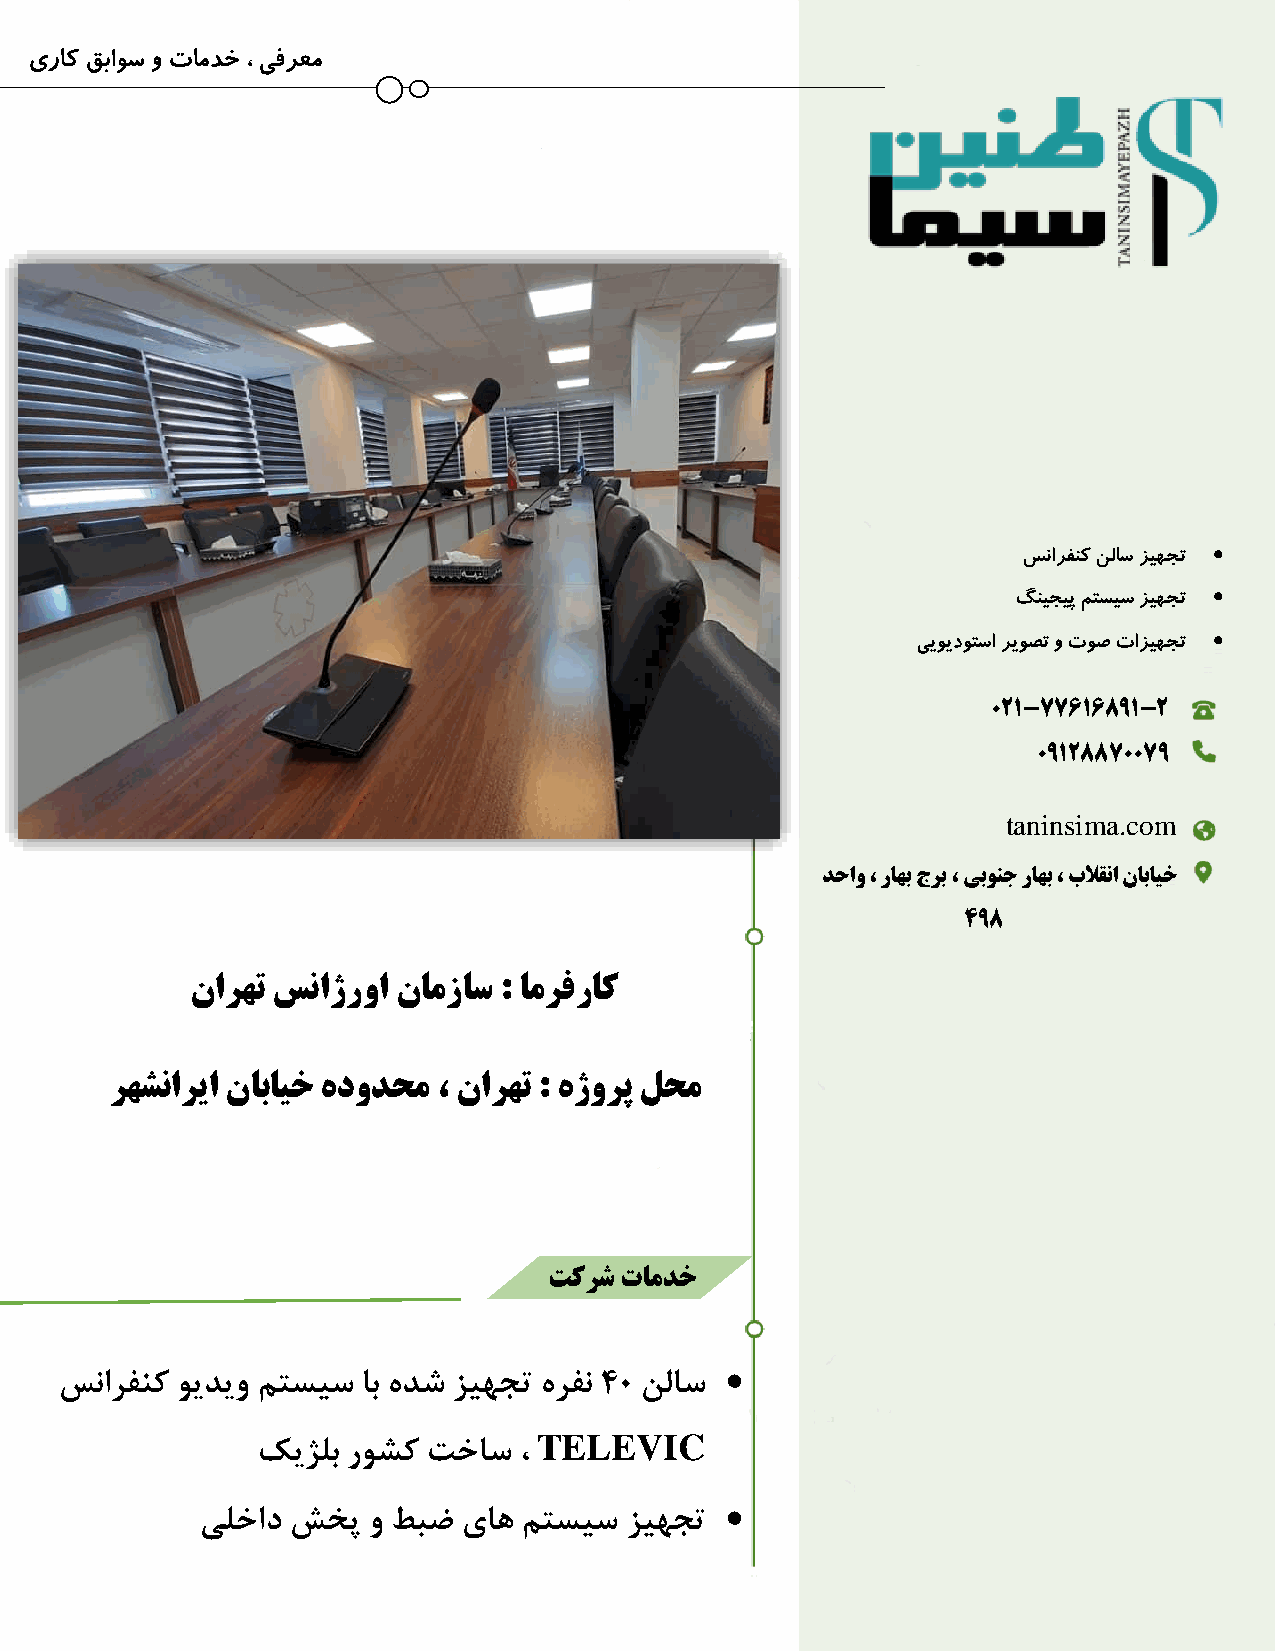
یراک قباوس و تامدخ ، یفرعم
 
 سنارفنک نلاس زیهجت
 
 گنیجیپ متسیس زیهجت
 
 ییویدوتسا ریوصت و توص تازیهجت
 021-77616891-2
 09128870079
 tanins ima.com
 دحاو ، راهب جرب ، یبونج راهب ، بلاقنا نابایخ
 498
 نارهت سناژروا نامزاس : امرفراک
 رهشناریا نابایخ هدودحم ، نارهت : هژورپ لحم
 تکرش تامدخ
 
 سنارفنک ویدیو متسیس اب هدش زیهجت هرفن 40 نلاس
 TELEVIC
 کیژلب روشک تخاس  ،
 
 یلخاد شخپ  و طبض  یاه متسیس زیهجت